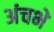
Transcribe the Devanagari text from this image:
अंचभे